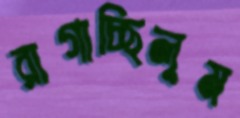
রাগাচ্ছিলুম